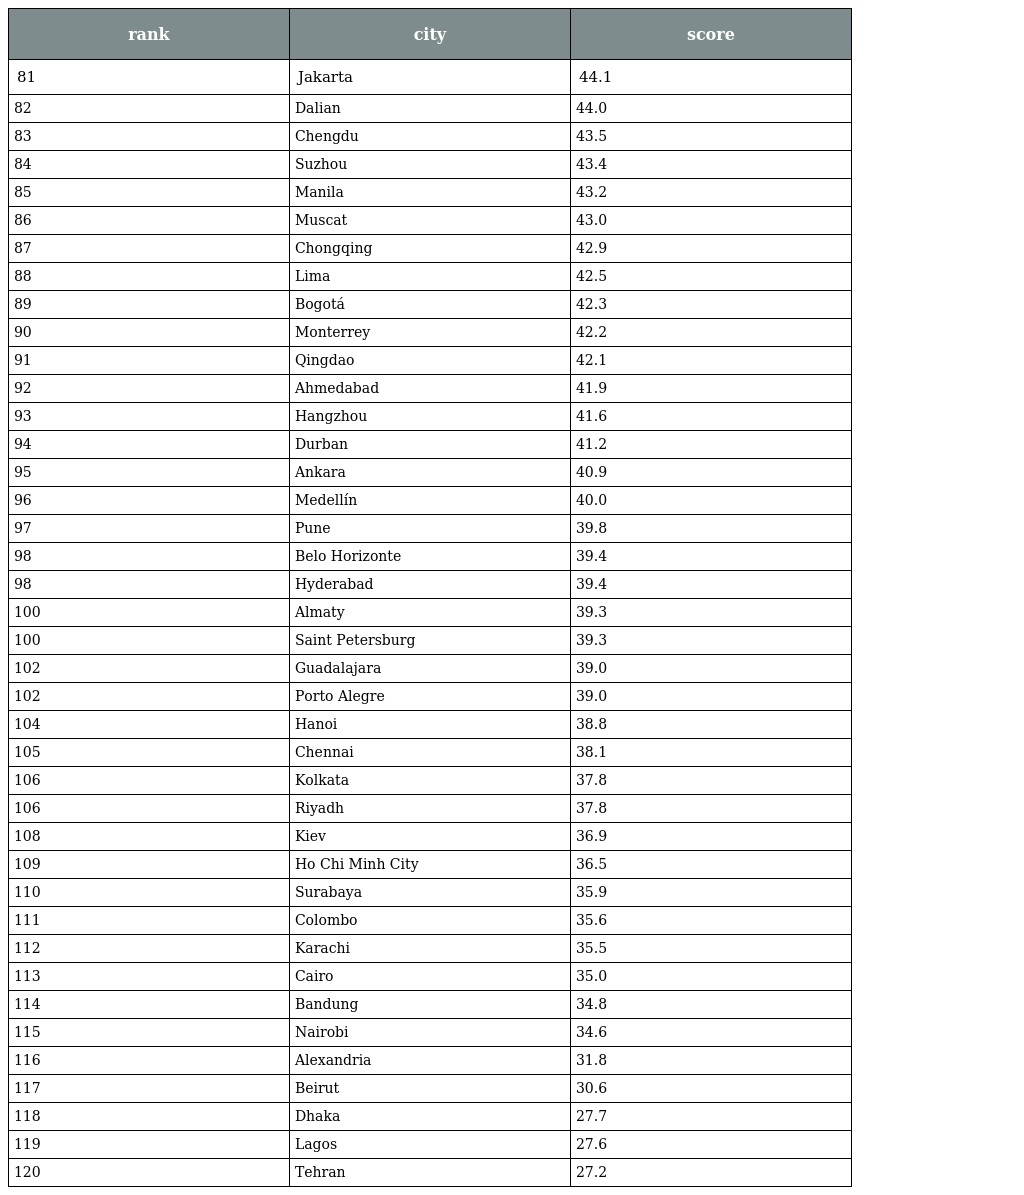
| rank | city | score |
 | --- | --- | --- |
 | 81 | Jakarta | 44.1 |
 | 82 | Dalian | 44.0 |
 | 83 | Chengdu | 43.5 |
 | 84 | Suzhou | 43.4 |
 | 85 | Manila | 43.2 |
 | 86 | Muscat | 43.0 |
 | 87 | Chongqing | 42.9 |
 | 88 | Lima | 42.5 |
 | 89 | Bogotá | 42.3 |
 | 90 | Monterrey | 42.2 |
 | 91 | Qingdao | 42.1 |
 | 92 | Ahmedabad | 41.9 |
 | 93 | Hangzhou | 41.6 |
 | 94 | Durban | 41.2 |
 | 95 | Ankara | 40.9 |
 | 96 | Medellín | 40.0 |
 | 97 | Pune | 39.8 |
 | 98 | Belo Horizonte | 39.4 |
 | 98 | Hyderabad | 39.4 |
 | 100 | Almaty | 39.3 |
 | 100 | Saint Petersburg | 39.3 |
 | 102 | Guadalajara | 39.0 |
 | 102 | Porto Alegre | 39.0 |
 | 104 | Hanoi | 38.8 |
 | 105 | Chennai | 38.1 |
 | 106 | Kolkata | 37.8 |
 | 106 | Riyadh | 37.8 |
 | 108 | Kiev | 36.9 |
 | 109 | Ho Chi Minh City | 36.5 |
 | 110 | Surabaya | 35.9 |
 | 111 | Colombo | 35.6 |
 | 112 | Karachi | 35.5 |
 | 113 | Cairo | 35.0 |
 | 114 | Bandung | 34.8 |
 | 115 | Nairobi | 34.6 |
 | 116 | Alexandria | 31.8 |
 | 117 | Beirut | 30.6 |
 | 118 | Dhaka | 27.7 |
 | 119 | Lagos | 27.6 |
 | 120 | Tehran | 27.2 |